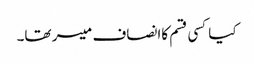
کیاکسی قسم کاانصاف میسر تھا۔